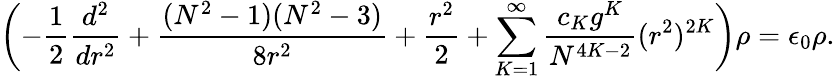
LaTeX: \biggl(-\frac{1}{2}\frac{d^{2}}{dr^{2}}+\frac{(N^{2}-1)(N^{2}-3)}{8r^{2}}+\frac{r^{2}}{2}+\sum_{K=1}^{\infty}\frac{c_{K}g^{K}}{N^{4K-2}}(r^{2})^{2K}\biggr)\rho=\epsilon_{0}\rho.